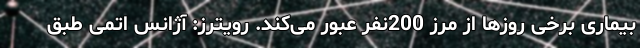
بیماری برخی روزها از مرز 200نفر عبور می‌کند. رویترز: آژانس اتمی طبق